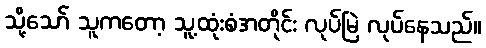
သို့သော် သူကတော့ သူ့ထုံးစံအတိုင်း လုပ်မြဲ လုပ်နေသည်။